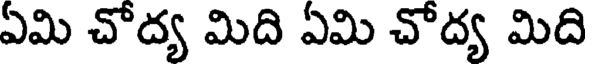
ఏమి చోద్య మిది ఏమి చోద్య మిది